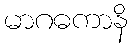
မာဂဓကာနိ